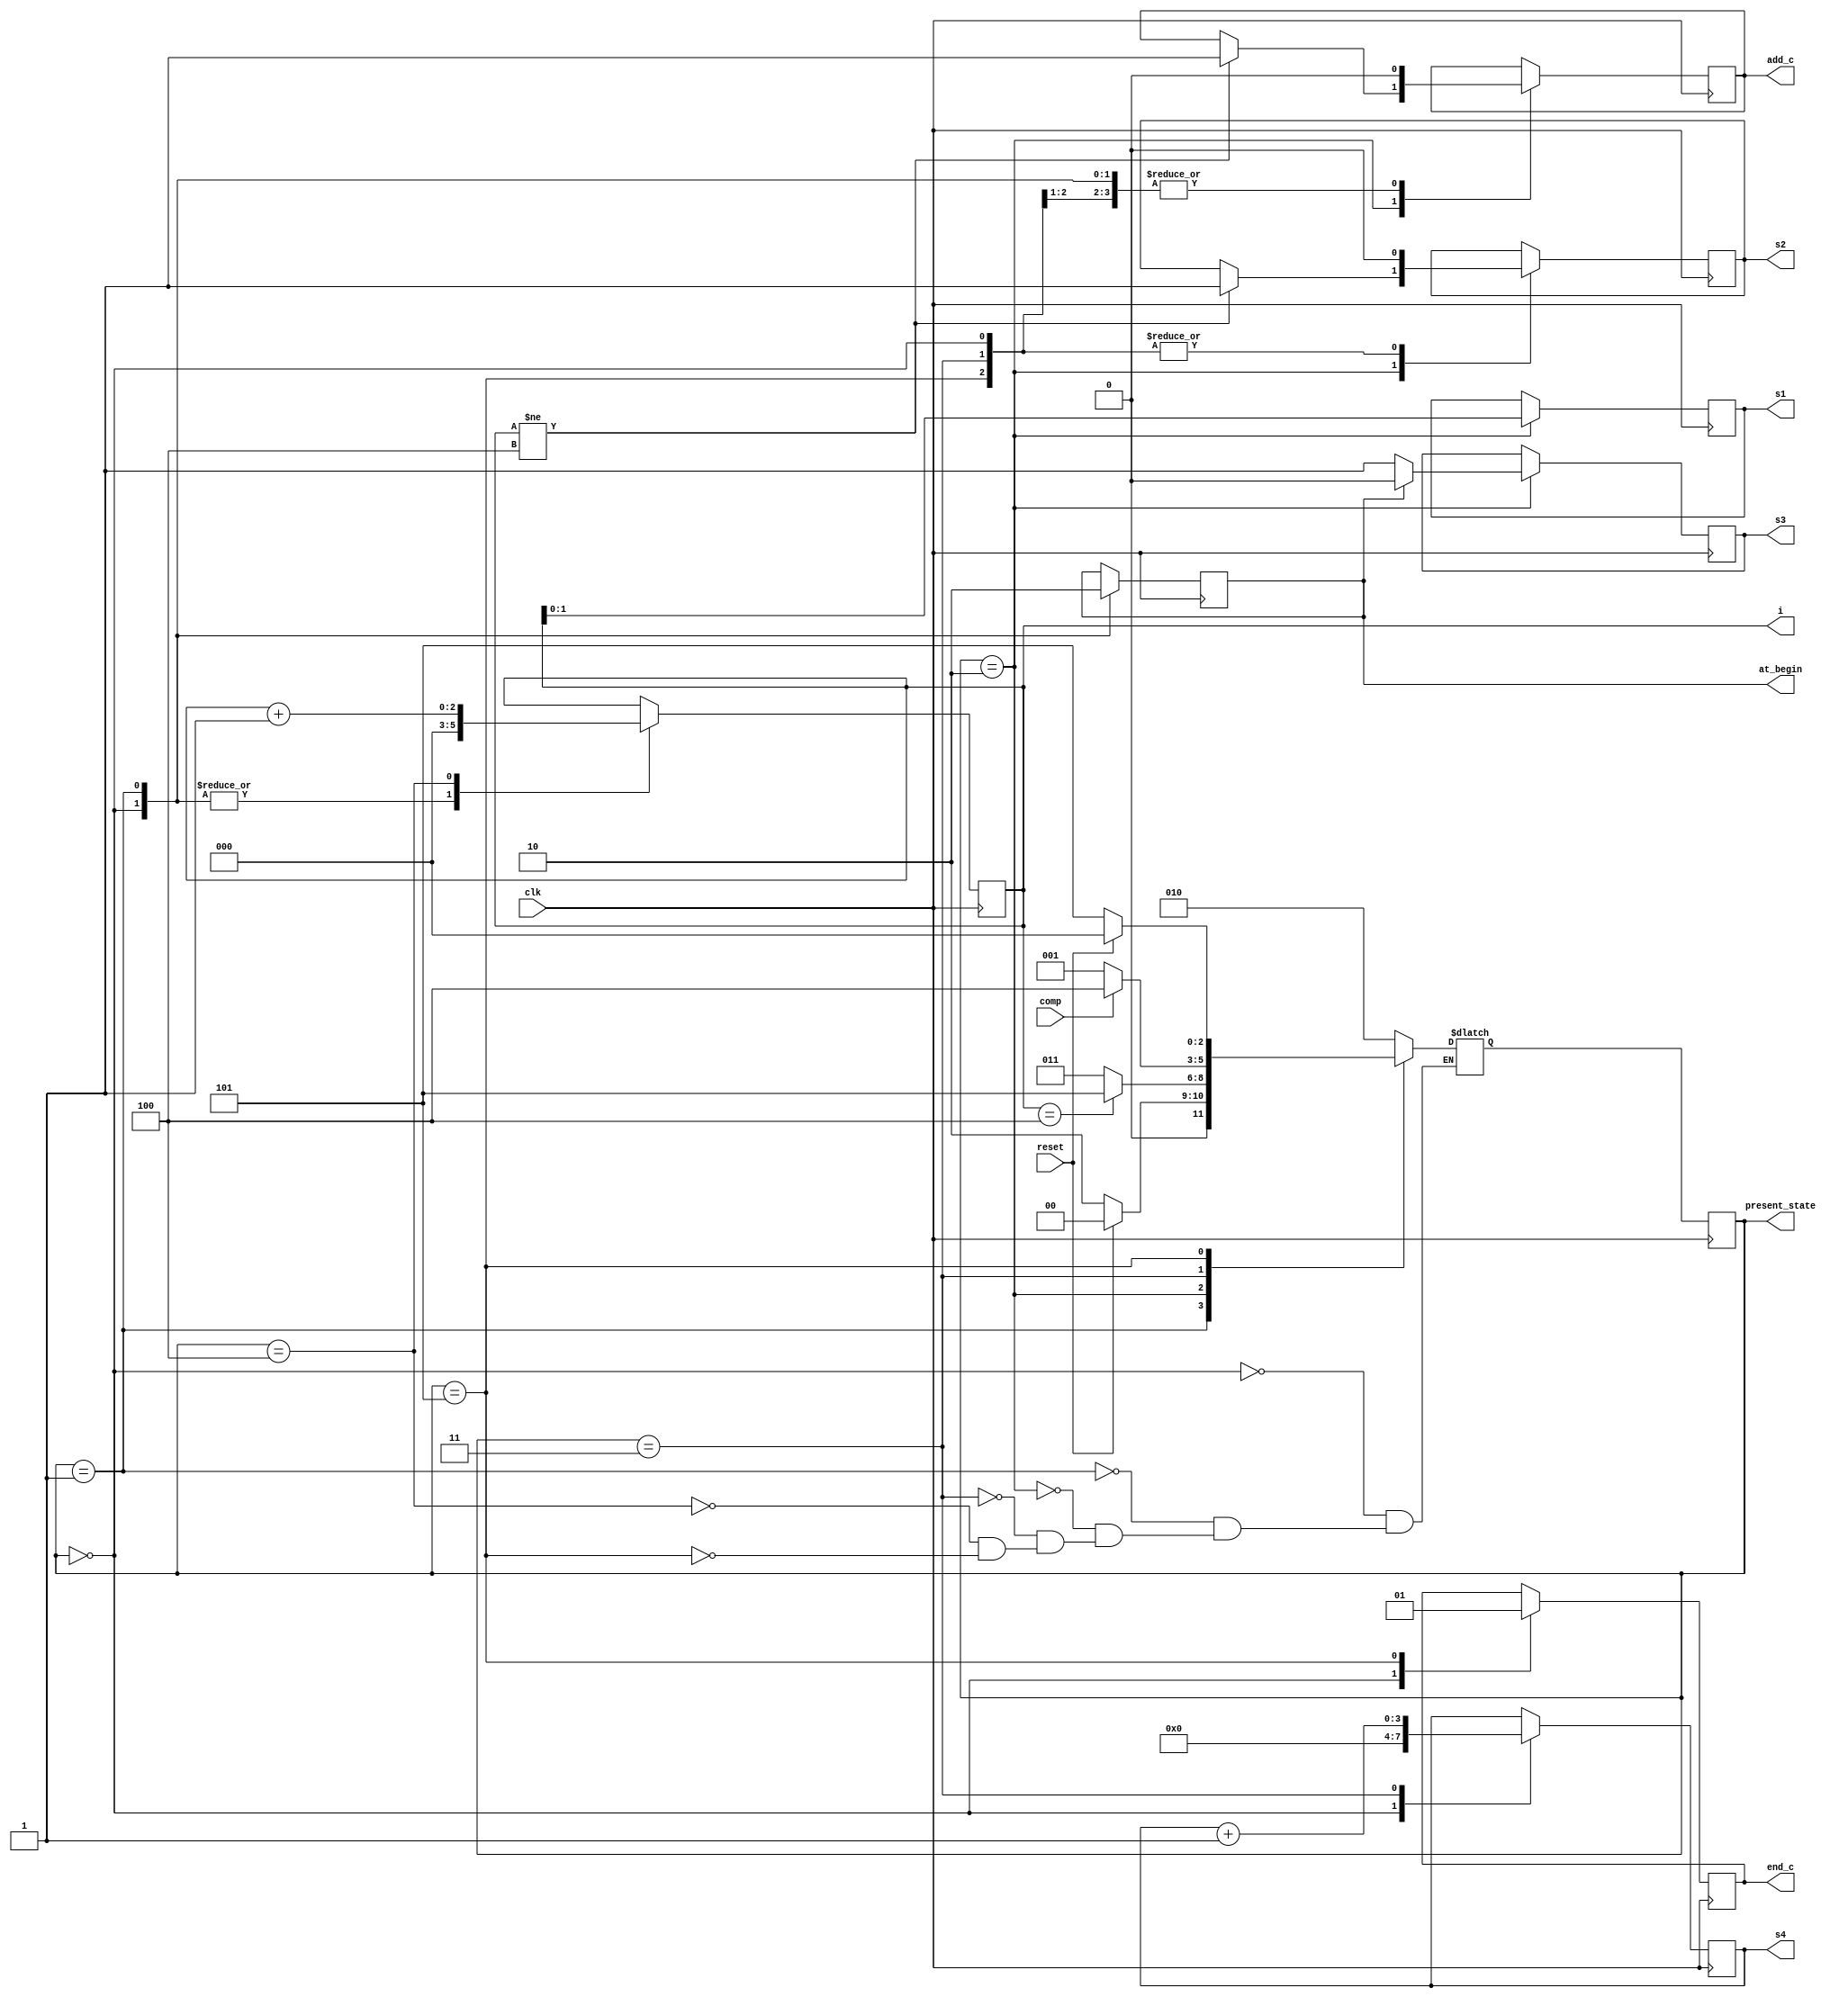
module controller (
	input clk,
	input comp,
	input reset,
	output reg       end_c,
	output reg       add_c,
	output reg [1:0] s1,
	output reg       s2,
	output reg       s3,
	output reg [3:0] s4,
	output reg [2:0] present_state,
	output reg [2:0] i,
	output reg       at_begin
);



// Define the states
localparam 	S0 = 3'd0,
				S1 = 3'd1,
				S2 = 3'd2,
				S3 = 3'd3,
				S4 = 3'd4,
				S5 = 4'd5;
// Define the state variables

reg [2:0] next_state;

initial 
		begin
			i          = 3'b000;
			next_state = S0;
			s2         = 1'b0;
			at_begin   = 1'b1;
			add_c      = 1'b0;
			end_c      = 1'b0;
			s4         = 4'b0000;
		end

// Define the next-state logic
always@(posedge clk) begin
  present_state <= next_state;
end

always@(*) begin
	case (present_state)
	
		S0: next_state = S2;
    
		S1: 
		begin
			if(reset)
				next_state = S0;
			else
				next_state = S2;
		end

		S2:
		begin
			if (i == 4) 
				next_state = S5;
			else 
				next_state = S3;
		end
    
		S3: 
		begin
			if (comp == 1) next_state = S4;
				else next_state = S1;
		end
	 
		S4: 
		begin
			next_state = S2;	
		end
		
		S5: 
		begin
			if(reset)
				next_state = S0;
			else
				next_state = S5;
		end

	endcase
end

// Define the output logic
always@(posedge clk) begin
  case (present_state)
  
    S0: 
	 begin
		i          <= 3'b000;
		s2         <= 1'b0;
		at_begin   <= 1'b1;
		add_c      <= 1'b0;
		end_c      <= 1'b0;
		s4         <= 4'b0000;
	 end
	 
    S1: 
	 begin
      i <= 2'b000;
      at_begin <= 1'b0;
		add_c <= 1'b0;
    end
	 
    S2: begin
      if(i != 4)
			begin
				s2 <= 1'b1;
				add_c <= 1'b1;
			end
      s1 <= i;
      if (at_begin == 1) 
			s3 <= 1'b0;
      else 
			s3 <= 1'b1;
    end
	 
    S3: begin
      s2 <= 1'b0;
		add_c <= 1'b0;
		s4 <= s4 + 3'b001;
    end
	 
    S4: begin
      i <= i + 1;
    end
	 
    S5: 
	 begin
		s2 <= 1'b0;
		add_c <= 1'b0;
		end_c <= 1'b1;
	 end
	 
  endcase
end

endmodule